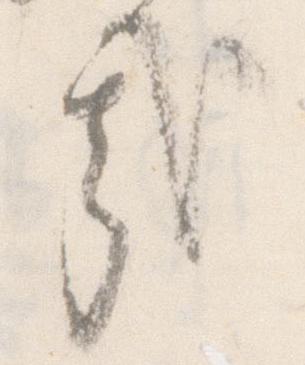
哉